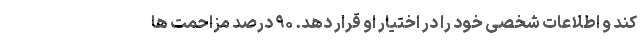
کند و اطلاعات شخصی خود را در اختیار او قرار دهد. ۹۰ درصد مزاحمت ها